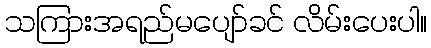
သကြားအရည်မပျော်ခင် လိမ်းပေးပါ။